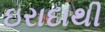
ઇરાદાથી